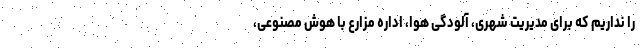
را نداریم که برای مدیریت شهری، آلودگی هوا، اداره مزارع با هوش مصنوعی،